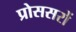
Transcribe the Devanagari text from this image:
प्रोससरों